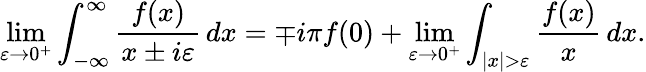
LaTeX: \operatorname*{lim}_{\varepsilon\to 0^{+}}\int_{-\infty}^{\infty}{\frac{f(x)}{x\pm i\varepsilon}}\, dx=\mp i\pi f(0)+\operatorname*{lim}_{\varepsilon\to 0^{+}}\int_{|x|>\varepsilon}{\frac{f(x)}{x}}\, dx.